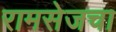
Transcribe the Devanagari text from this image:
रामसेजचा